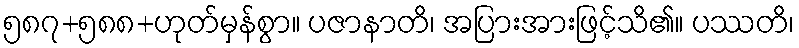
၅၈၇+၅၈၈+ဟုတ်မှန်စွာ။ ပဇာနာတိ၊ အပြားအားဖြင့်သိ၏။ ပဿတိ၊